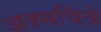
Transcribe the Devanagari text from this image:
अश्मचित्रे